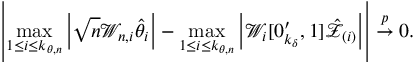
\left\vert \operatorname* { m a x } _ { 1 \leq i \leq k _ { \theta , n } } \left\vert \sqrt { n } \mathcal { W } _ { n , i } \hat { \theta } _ { i } \right\vert - \operatorname* { m a x } _ { 1 \leq i \leq k _ { \theta , n } } \left\vert \mathcal { W } _ { i } [ \boldsymbol { 0 } _ { k _ { \delta } } ^ { \prime } , 1 ] \mathcal { \hat { Z } } _ { ( i ) } \right\vert \right\vert \overset { p } { \rightarrow } 0 .